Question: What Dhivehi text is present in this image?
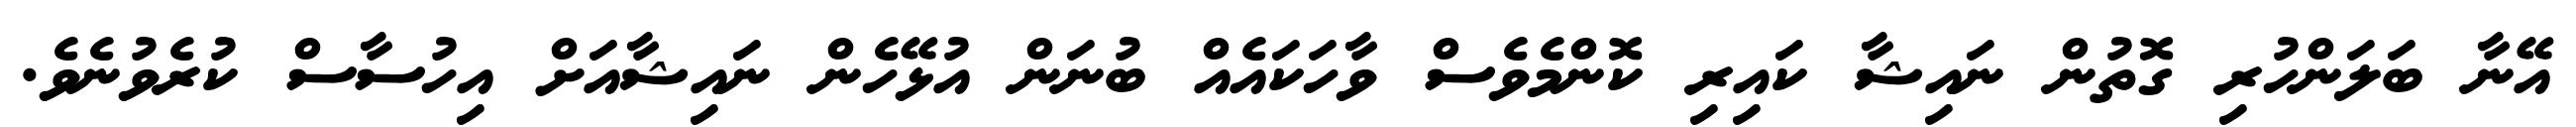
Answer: އޭނާ ބަލަންހުރި ގޮތުން ނައިޝާ ކައިރި ކޮންމެވެސް ވާހަކައެއް ބުނަން އުޅޭހެން ނައިޝާއަށް އިހުސާސް ކުރެވުނެވެ.